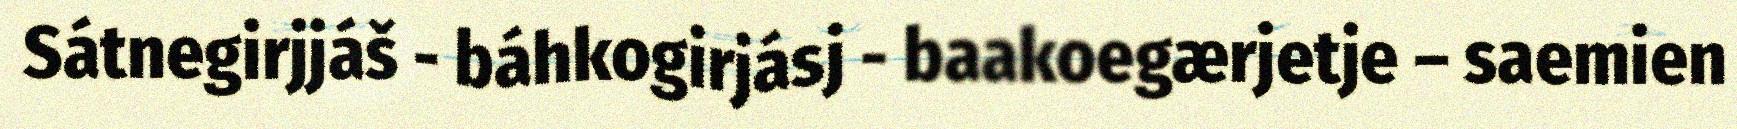
Sátnegirjjáš - báhkogirjásj - baakoegærjetje – saemien